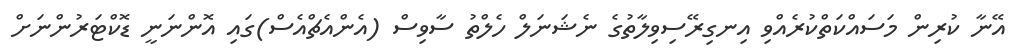
އޭނާ ކުރިން މަސައްކަތްކުރެއްވި އިނގިރޭސިވިލާތުގެ ނެޝަނަލް ހެލްތު ސާވިސް (އެންއެޗްއެސް)ގައި އޮންނަނީ ޑޮކްޓަރުންނަށް